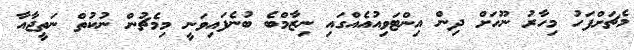
މެޗަށްފަހު މިހާރު ނޫހަށް ދިން އިންޓަވިއުއެއްގައި ނިޒާމްބެ ބުނެފައިވަނީ މިމެޗުން ނުކުތް ނަތީޖާއާ